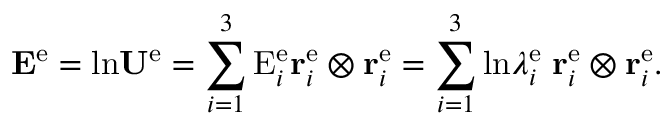
{ \bf E } ^ { \mathrm { e } } = \mathrm { l n } { \bf U } ^ { \mathrm { e } } = \sum _ { i = 1 } ^ { 3 } \mathrm { E } _ { i } ^ { \mathrm { e } } { \bf r } _ { i } ^ { \mathrm { e } } \otimes { \bf r } _ { i } ^ { \mathrm { e } } = \sum _ { i = 1 } ^ { 3 } \mathrm { l n } \lambda _ { i } ^ { \mathrm { e } } \; { \bf r } _ { i } ^ { \mathrm { e } } \otimes { \bf r } _ { i } ^ { \mathrm { e } } .